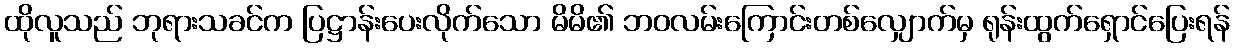
ထိုလူသည် ဘုရားသခင်က ပြဋ္ဌာန်းပေးလိုက်သော မိမိ၏ ဘဝလမ်းကြောင်းတစ်လျှောက်မှ ရုန်းထွက်ရှောင်ပြေးရန်